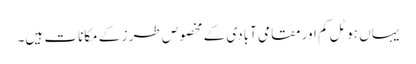
یہاں ہوٹل کم اور مقامی آبادی کے مخصوص طر ز کے مکانات ہیں۔